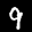
Label: 9